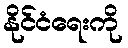
နိုင်ငံရေးကို